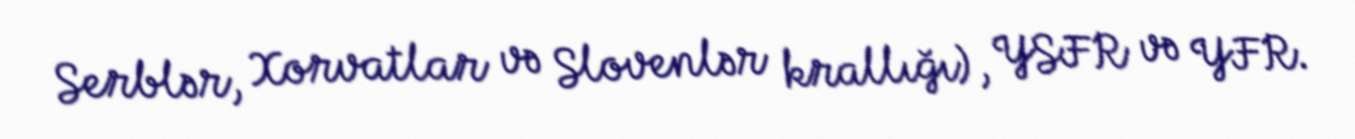
Serblər, Xorvatlar və Slovenlər krallığı), YSFR və YFR.